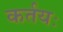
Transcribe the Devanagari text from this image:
कर्तयः